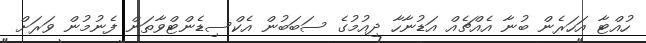
ހުއްޓާ އަހަރެން ބުނާ އެއްޗެއް އަޑުނާހާ ދިއުމުގެ ސަބަބުން އެކްސިޑެންޓްވާތަން ފެނުމުން ވަރަށް